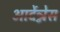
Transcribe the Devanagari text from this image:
आर्देन्नेस